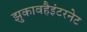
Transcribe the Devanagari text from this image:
झुकावहैइंटरनेट